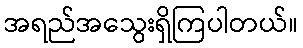
အရည်အသွေးရှိကြပါတယ်။